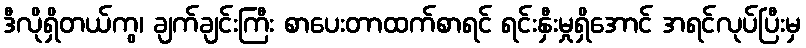
ဒီလိုရှိတယ်ကွ၊ ချက်ချင်းကြီး စာပေးတာထက်စာရင် ရင်းနှီးမှုရှိအောင် အရင်လုပ်ပြီးမှ